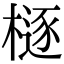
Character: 㯌